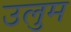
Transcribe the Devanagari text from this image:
उलुम